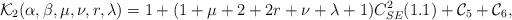
LaTeX: \begin{align*}\mathcal{K}_2(\alpha,\beta,\mu,\nu,r,\lambda)=1+(1+\mu+2+2r+\nu+\lambda+1)C_{SE}^2(1.1)+\mathcal{C}_5+\mathcal{C}_6,\end{align*}